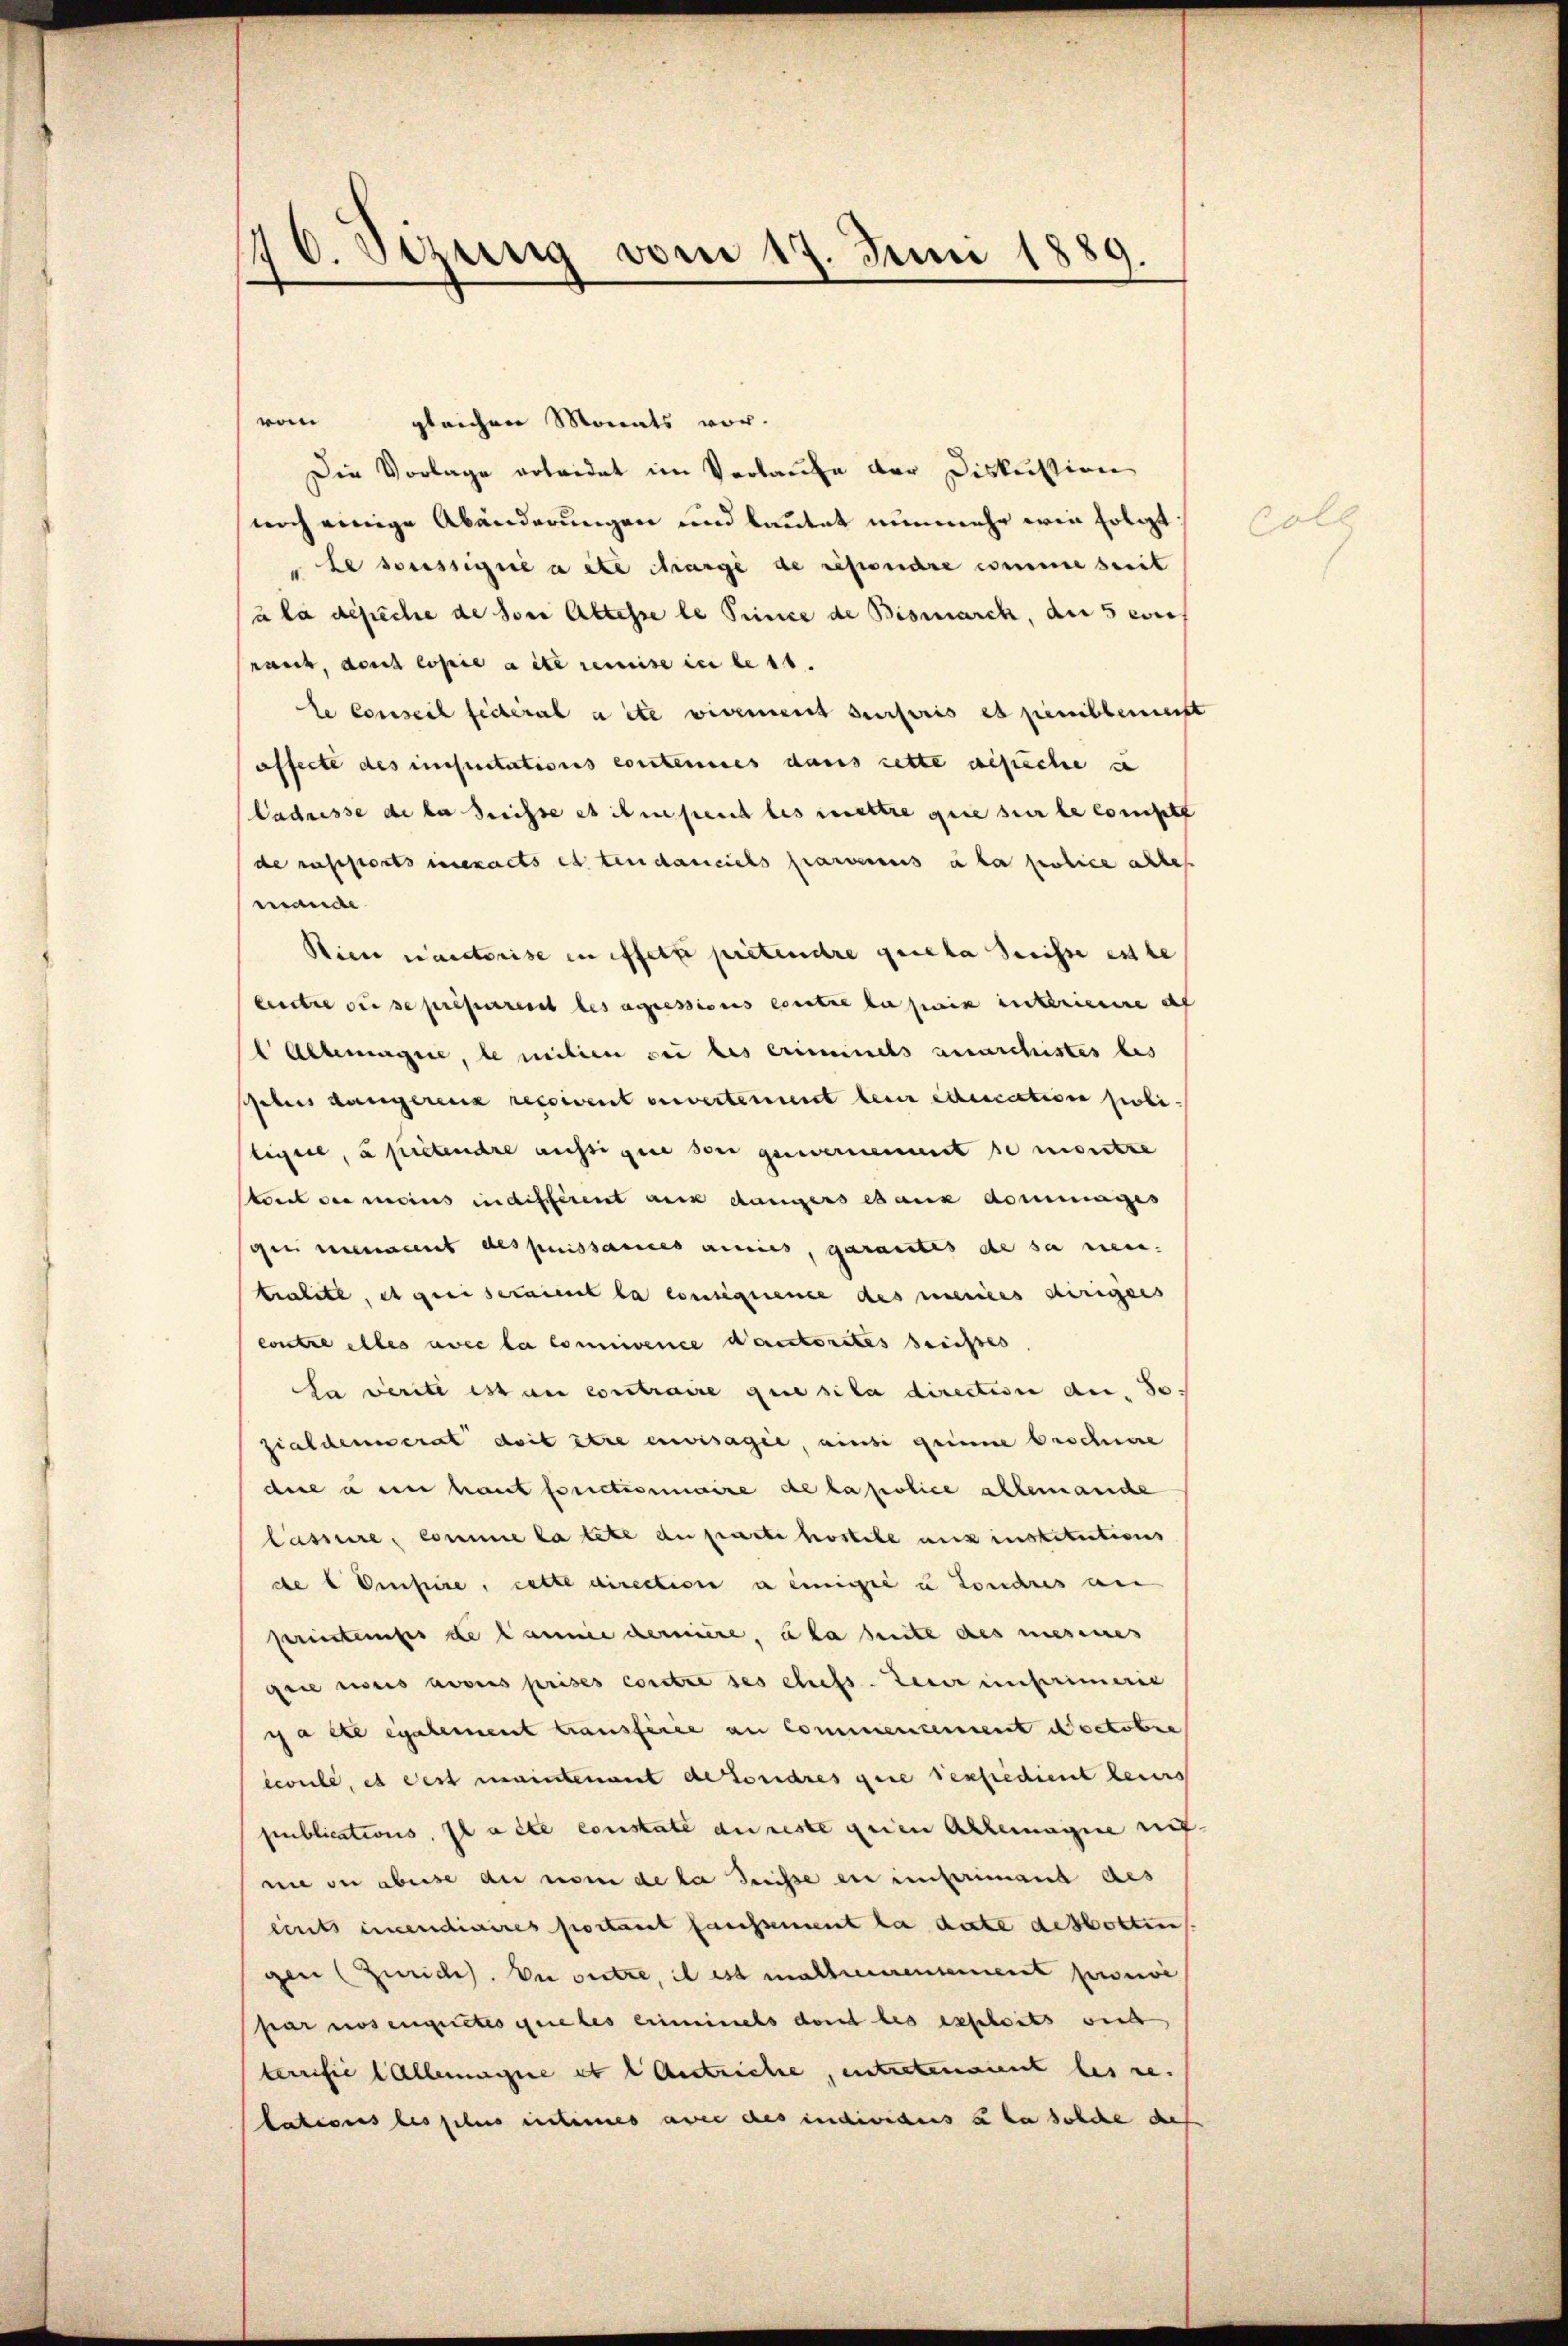
16. Sizung vom 17. Juni 1889.

von
gleichen Monats vor.
Die Vorlage erleidet im Verlaufe der Diskussion
noch einige Abänderungen und lautet nunmehr wie folgt
Le soussigné a été chargé de repondre comme seit
u la desiche de son Aktesse le Prince de Bismarck, die 5 eine
raut, doit copie aite remise in ders.
le Conseil fédéral aite vivement sursoris et penibbemeist
affecte des insuitations contenues dans cette gesiche s
Cadresse de la Preisse et ihresent les mettre que sur le compte
de rasistorts in exacts et tendansiehs parvenus à la police alles
mande
Bier naectorise in effette prétendre que la Suisse est te
lentie der de pressererst des angressions contre la sein interiere af
l Albergie, le milien sei des Crimines Anarchistes bes
Gebers Langerenz rectivent envertement bei education poli
leisste, a pretendre aussigene son genvernement senioritze
tant der meins indifférent auch dangers eaux dommages
evant des puissances anties, garantes de sa neu.
tralite, et grei seraient la consequence des meines dirigers
contre alles avec la connience doctorates sichtes
La verite est au contraire que sita direction der 30
zialdenerat doit être envisagie, ainsi grinne beschwere
due à en haut fonctionaire de la police allemanche
lassure, comme la tete de parte kostete aux institutions
de t Visire, cette direction a einige u Londres an
Feriertenges de Cannie dernière, à la heute des mesenes
gie uns avoirs prises contre ses chefs teuer unterimerie
ca et egalement tausferie an Commencement doctobre
ecoule, es dest maintenant detordres gere Perfidient leurs
publications. Il acte constate au reste genen Allemagne mit
nie der aberse die nom de la Greisse ein einprimant des
eints imendiaires portant faussement la date desbotten.
gen (Zürich. Du sitze, il est mathreuerentement provi
par mosengutes geles eriminals dont les exploits wird
terrifie Allemagne et l Antriche, entretenaient les re
lationes les plus encheines avec des individens u da solche des